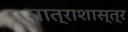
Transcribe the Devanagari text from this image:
मात्राशास्त्र